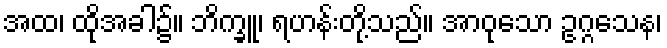
အထ၊ ထိုအခါ၌။ ဘိက္ခူ၊ ရဟန်းတို့သည်။ အာဝုသော ဥဂ္ဂသေန၊